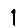
Digit: 1